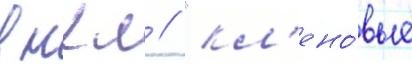
в нхл // "кл'ено́вые